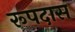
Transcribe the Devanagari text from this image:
रूपदास